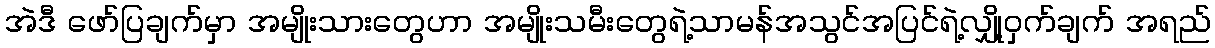
အဲဒီ ဖော်ပြချက်မှာ အမျိုးသားတွေဟာ အမျိုးသမီးတွေရဲ့သာမန်အသွင်အပြင်ရဲ့လျှို့ဝှက်ချက် အရည်